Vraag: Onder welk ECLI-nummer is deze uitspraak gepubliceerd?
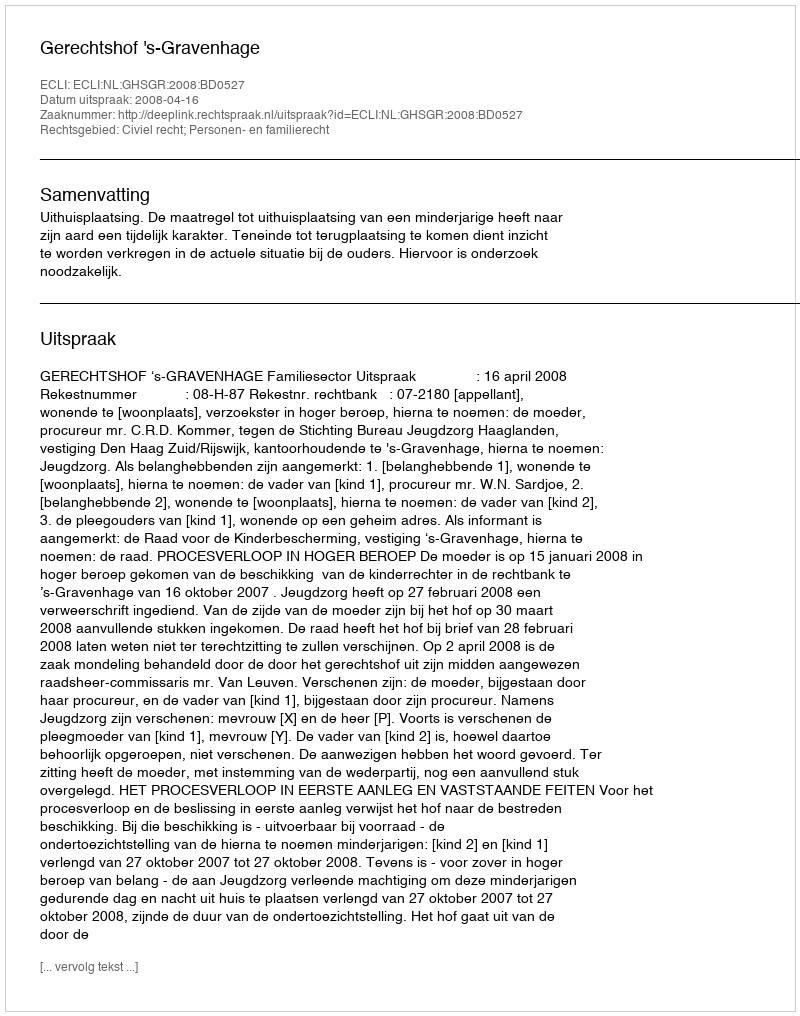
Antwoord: ECLI:NL:GHSGR:2008:BD0527